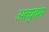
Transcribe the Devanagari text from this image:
अत्युतम